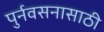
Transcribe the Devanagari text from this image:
पुर्नवसनासाठी